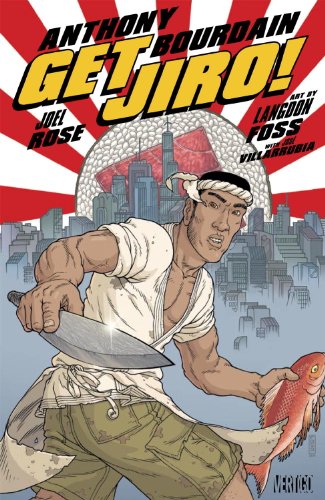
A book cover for Get Jiro!; Anthony Bourdain; Comics & Graphic Novels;